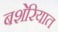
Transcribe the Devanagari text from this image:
बशेरियात